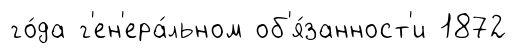
го́да г'ен'ера́льном об'я́занност'и 1872